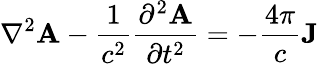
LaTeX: \nabla^{2}\mathbf{A}-{\frac{1}{c^{2}}}{\frac{\partial^{2}\mathbf{A}}{\partial t^{2}}}=-{\frac{4\pi}{c}}\mathbf{J}